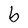
Character: b